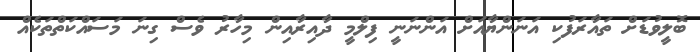
ބޮލީވުޑަށް ތައާރަފުކި އަނަންޔާއަށް އަންނަނީ ފިލްމީ ދާއިރާއިން މިހާރު ވެސް ގިނަ މަސައްކަތްތަކެއް